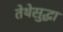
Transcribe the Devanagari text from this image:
तेथेसुद्धा